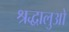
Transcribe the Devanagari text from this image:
श्रद्धालुओ